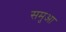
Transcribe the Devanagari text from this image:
समुआ